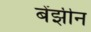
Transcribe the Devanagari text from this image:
बेंझीन